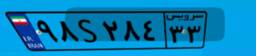
۹۸S۲۸۴۳۳